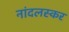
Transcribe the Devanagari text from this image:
नांदलस्कर